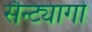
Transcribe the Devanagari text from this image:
सैन्ट्यागो